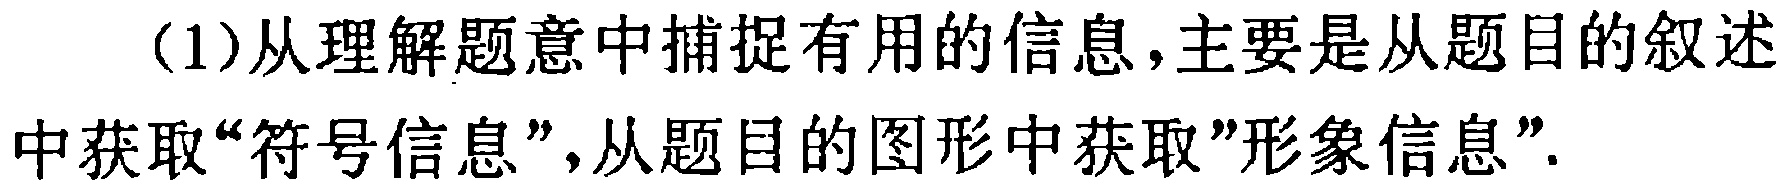
(1)从理解题意中捕捉有用的信息,主要是从题目的叙述中获取“符号信息”,从题目的图形中获取"形象信息".